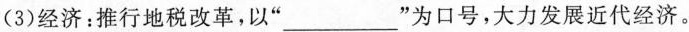
(3)经济：推行地税改革，以”___”为口号，大力发展近代经济。